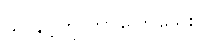
သူ နင့်ကို ဘာပြောသေးလဲ